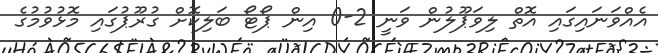
އެއްވަނައިގައި އޮތް ލިވަޕޫލުން ވަނީ 2-0 އިން ޕޯޓޯ ބަލިކޮށް ގުރޫޕުގައި މޮޅުވުމުގެ